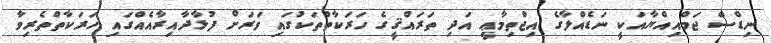
ނިޑްސް ޖަމްއިއްޔާއަކީ ނަޑެއްލާގެ އިޖްތިމާޢީ އަދި ތަރައްޤީގެ ހަރަކާތްތަކުގައި ވަރަށް ފުޅާދާއިރާއެއްގައި ހަރަކާތްތެރިވާ